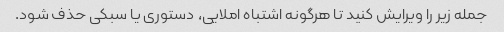
جمله زیر را ویرایش کنید تا هرگونه اشتباه املایی، دستوری یا سبکی حذف شود.